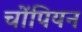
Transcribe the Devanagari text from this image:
चोंपियन